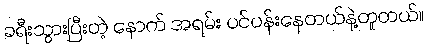
ခရီးသွားပြီးတဲ့ နောက် အရမ်း ပင်ပန်းနေတယ်နဲ့တူတယ်။